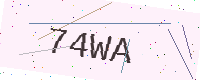
Text: 74WA